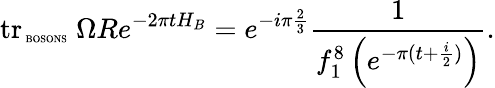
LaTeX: \mathrm{tr}_{\mathrm{\tiny~BOSONS}}\; \Omega Re^{-2\pi tH_{B}}=e^{-i\pi\frac{2}{3}}\frac{1}{f_{1}^{8}\left(e^{-\pi(t+\frac{i}{2})}\right)}.